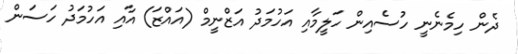
ދެން ހިމެނެނީ ހުސެއިން ހަލީމާއި އަހުމަދު އަޒްނީމް (އައްޒަ) އާއި އަހުމަދު ހަސަން